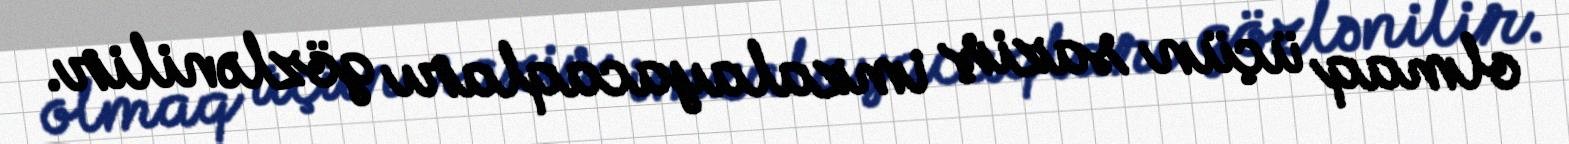
olmaq üçün saziş imzalayacaqları gözlənilir.